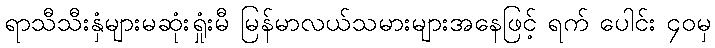
ရာသီသီးနှံများမဆုံးရှုံးမီ မြန်မာလယ်သမားများအနေဖြင့် ရက် ပေါင်း ၄၀မှ